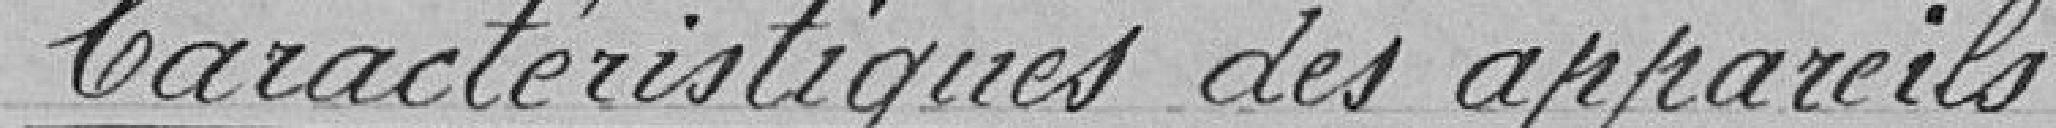
Caractéristiques des appareils